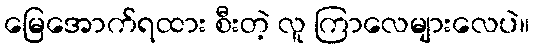
မြေအောက်ရထား စီးတဲ့ လူ ကြာလေများလေပဲ။